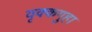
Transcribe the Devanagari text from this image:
वृक्कगुहा